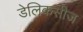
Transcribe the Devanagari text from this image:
डेलिकसीज